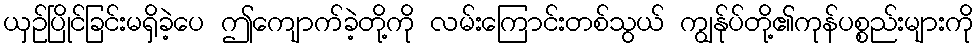
ယှဉ်ပြိုင်ခြင်းမရှိခဲ့ပေ ဤကျောက်ခဲ့တို့ကို လမ်းကြောင်းတစ်သွယ် ကျွန်ုပ်တို့၏ကုန်ပစ္စည်းများကို